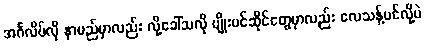
အင်္ဂလိပ်လို နာမည်မှာလည်း လို့ခေါ်သလို ပျိုးပင်ဆိုင်တွေမှာလည်း လေသန့်ပင်လို့ပဲ